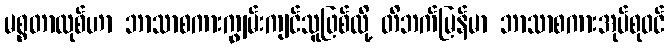
မစ္စတာလုစ်ဟာ ဘာသာစကားကျွမ်းကျင်သူဖြစ်လို့ တိဘက်မြန်မာ ဘာသာစကားအုပ်စုဝင်